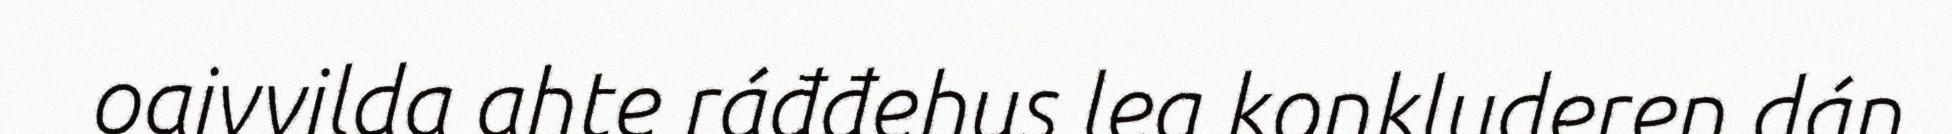
oaivvilda ahte ráđđehus lea konkluderen dán